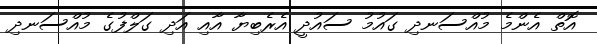
އޮތް އެންމެ މުއްސަނދި ގައުމު ސައުދީ އެެރެބިޔާ އާއި އަދި ގަލްފުގެ މުއްސަނދި